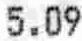
5.09